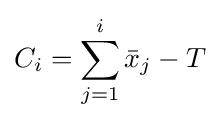
C_{i}=\sum _{j=1}^{i}{\bar {x}}_{j}-T